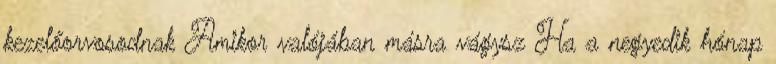
kezelőorvosodnak Amikor valójában másra vágysz Ha a negyedik hónap